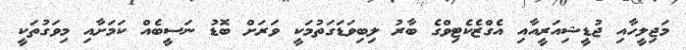
މަޖިލީހާއި ޖުޑީޝިއަރީއާއި އެގްޒެކެޓިވްގެ ބާރު ލިބިވަޑަގަތުމަކީ ވަރަށް ބޮޑު ނަސީބެއް ކަމަށާއި މިވަގުތަކީ